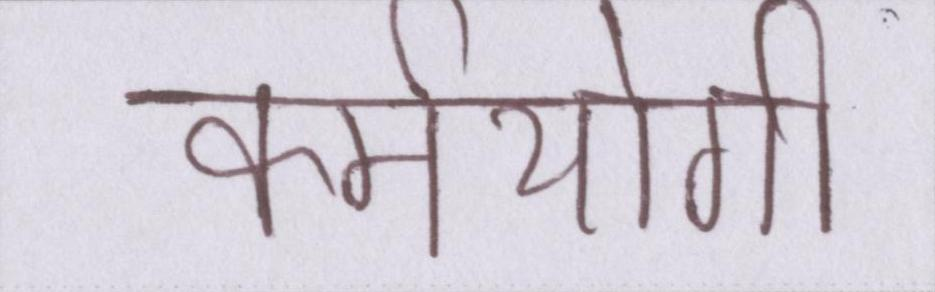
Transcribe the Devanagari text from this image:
कर्मयोगी